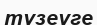
түзеуге